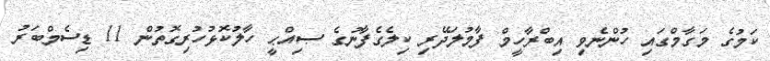
ކަމުގެ މަގާމްގައި ހުންނެވި އިބްރާހީމް ފާމުލަދޭރި ކިލެގެފާނުގެ ޞިއްޙީ ހާލުކޮޅުހުރިގޮތުން 11 ޑިސެމްބަރު